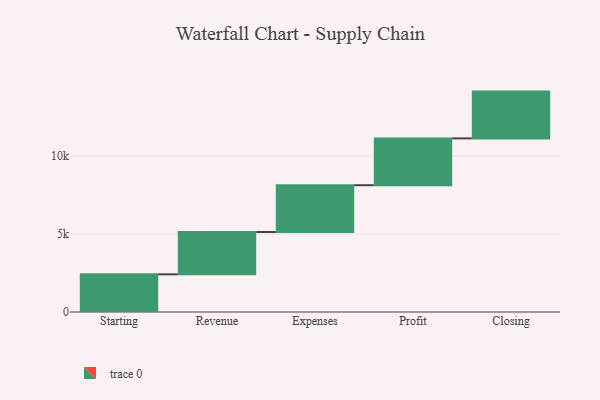
{"axis": {"x": "Step", "y": "Value"}, "legend": [""], "data": [{"x": "Starting", "y": 2413.0, "type": ""}, {"x": "Revenue", "y": 2714.0, "type": ""}, {"x": "Expenses", "y": 3000, "type": ""}, {"x": "Profit", "y": 3000, "type": ""}, {"x": "Closing", "y": 3000, "type": ""}]}